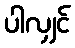
ပါလျှင်